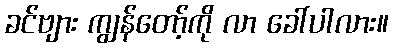
ခင်ဗျား ကျွန်တော့်ကို လာ ခေါ်ပါလား။